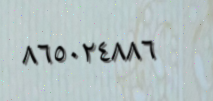
٨٦٥٠٢٤٨٨٦